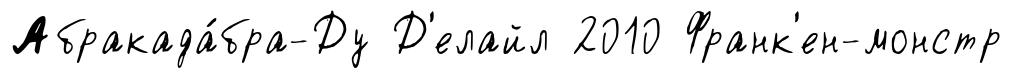
Абракада́бра-Ду Д'елайл 2010 Франк'ен-монстр